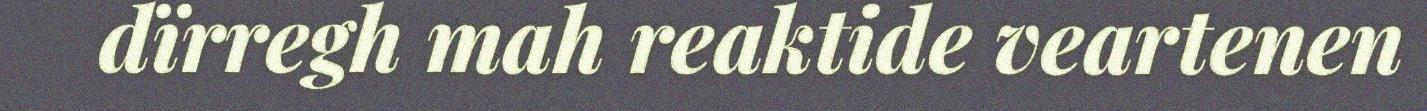
dïrregh mah reaktide veartenen